Vaccination in Bombay 1889-1901 - 1889-1901
Year: 1889
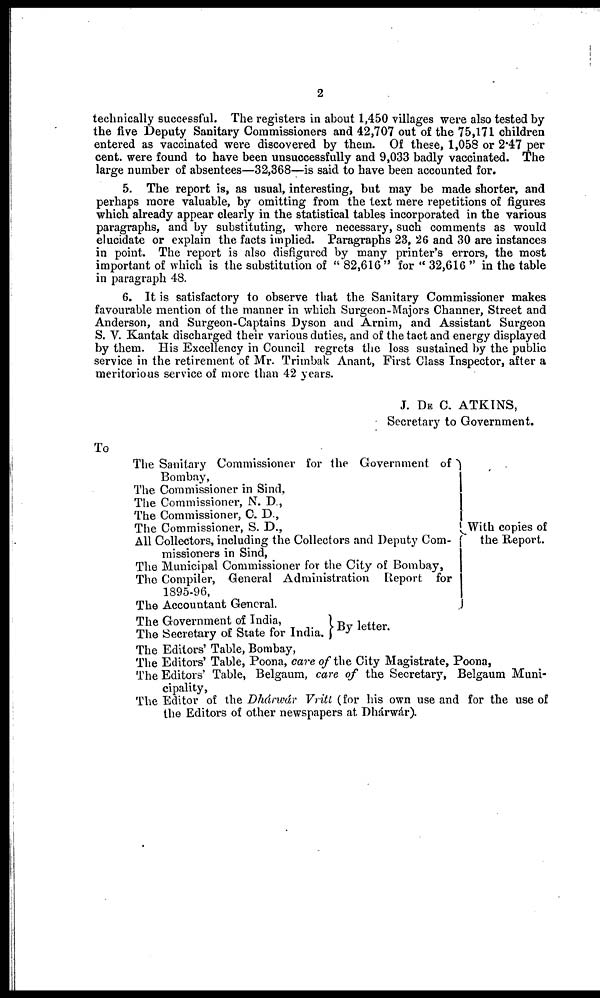
2
technically successful. The registers in about 1,450 villages were also tested by
the five Deputy Sanitary Commissioners and 42,707 out of the 75,171 children
entered as vaccinated were discovered by them. Of these, 1,058 or 2.47 per
cent. were found to have been unsuccessfully and 9,033 badly vaccinated. The
large number of absentees—32,368—is said to have been accounted for.
5. The report is, as usual, interesting, but may be made shorter, and
perhaps more valuable, by omitting from the text mere repetitions of figures
which already appear clearly in the statistical tables incorporated in the various
paragraphs, and by substituting, where necessary, such comments as would
elucidate or explain the facts implied. Paragraphs 23, 26 and 30 are instances
in point. The report is also disfigured by many printer's errors, the most
important of which is the substitution of " 82,616 " for " 32,616 " in the table
in paragraph 48.
6. It is satisfactory to observe that the Sanitary Commissioner makes
favourable mention of the manner in which Surgeon-Majors Channer, Street and
Anderson, and Surgeon-Captains Dyson and Arnim, and Assistant Surgeon
S. V. Kantak discharged their various duties, and of the tact and energy displayed
by them. His Excellency in Council regrets the loss sustained by the public
service in the retirement of Mr. Trimbak Anant, First Class Inspector, after a
meritorious service of more than 42 years.
J. DE C. ATKINS,
Secretary to Government.
To
The Sanitary Commissioner for the Government of
Bombay,
The Commissioner in Sind,
The Commissioner, N. D.,
The Commissioner, C. D.,
The Commissioner, S. D.,
All Collectors, including the Collectors and Deputy Com-
missioners in Sind,
The Municipal Commissioner for the City of Bombay,
The Compiler, General Administration Report for
1895-96,
The Accountant General.
The Government of India,
The Secretary of State for India.
With copies of
the Report.
By letter.
The Editors1 Table, Bombay,
The Editors' Table, Poona, care of the City Magistrate, Poona,
The Editors' Table, Belgaum, care of the Secretary, Belgaum Muni-
cipality,
The Editor of the Dhárwár Vritt (for his own use and for the use of
the Editors of other newspapers at Dhárwár).